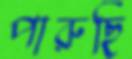
পারুছি